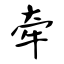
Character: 牵